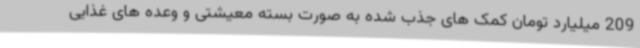
209 میلیارد تومان کمک های جذب شده به صورت بسته معیشتی و وعده های غذایی